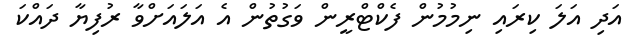
އަދި އަލަ ކިރައި ނިމުމުން ފެކްޓްރީން ވަގުތުން އެ އަލައަށްވާ ރުފިޔާ ދައްކަ